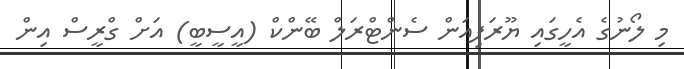
މި ލޯނުގެ އެހީގައި ޔޫރަޕިއަން ސެންޓްރަލް ބޭންކް (އީސީބީ) އަށް ގްރީސް އިން